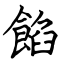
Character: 餡